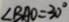
\angle B A O = 3 0 ^ { \circ }